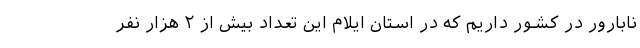
نابارور در کشور داریم که در استان ایلام این تعداد بیش از ۲ هزار نفر